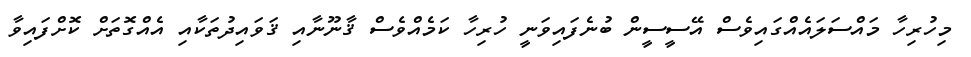
މިހުރިހާ މައްސަލައެއްގައިވެސް އޭސީސީން ބުނެފައިވަނީ ހުރިހާ ކަމެއްވެސް ޤާނޫނާއި ޤަވައިދުތަކާއި އެއްގޮތަށް ކޮށްފައިވާ